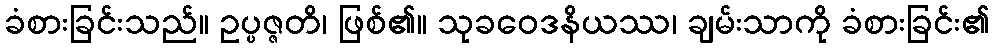
ခံစားခြင်းသည်။ ဥပ္ပဇ္ဇတိ၊ ဖြစ်၏။ သုခဝေဒနိယဿ၊ ချမ်းသာကို ခံစားခြင်း၏